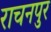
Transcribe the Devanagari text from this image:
राचनपुर